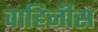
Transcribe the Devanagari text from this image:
वाहिनीस